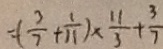
= ( \frac { 3 } { 7 } + \frac { 1 } { 1 1 } ) \times \frac { 1 1 } { 3 } + \frac { 3 } { 7 }